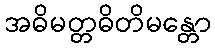
အဓိမတ္တဓိတိမန္တော